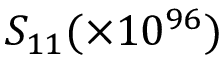
S _ { 1 1 } ( \times 1 0 ^ { 9 6 } )